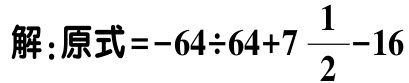
解：原式\(=-64\div64 + 7\frac{1}{2}-16\)